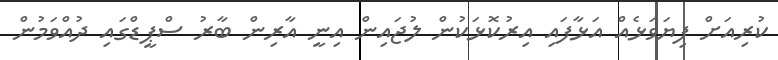
ކުރިއަށް ފިޔަވަޅެއް އަޅާފައި އިރުކޮޅަކުން ލުޖައިން އިނީ އާރިން ބާރު ސްޕީޑްގައި ދުއްވަމުން